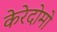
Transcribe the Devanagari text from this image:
केरेदोमो